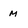
Character: m